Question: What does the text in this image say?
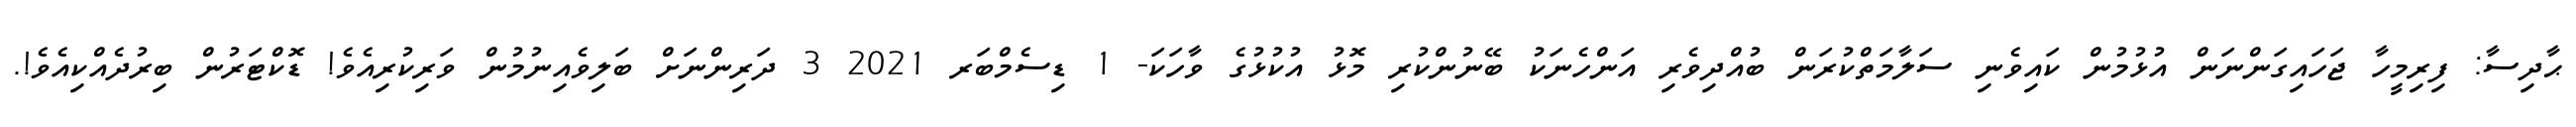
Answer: ޙާދިސާ: ފިރިމީހާ ޖަހައިގަންނަން އުޅުމުން ކައިވެނި ސަލާމަތްކުރަން ބުއްދިވެރި އަންހެނަކު ބޭނުންކުރި މޮޅު އުކުޅުގެ ވާހަކަ- 1 ޑިސެމްބަރ 2021 3 ދަރިންނަށް ބަލިވެއިނުމުން ވަރިކުރިއެވެ! ޑޮކްޓަރުން ބިރުދެއްކިއެވެ!.